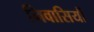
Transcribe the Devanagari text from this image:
निवासियौं